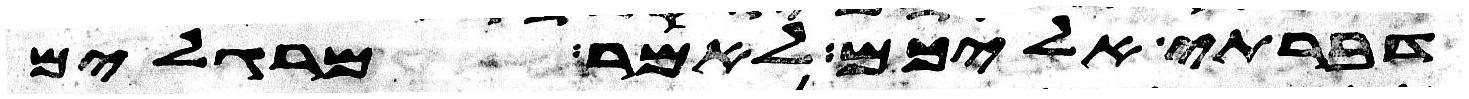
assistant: דברתי אליכם לאמר מרגלים